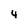
Character: 4